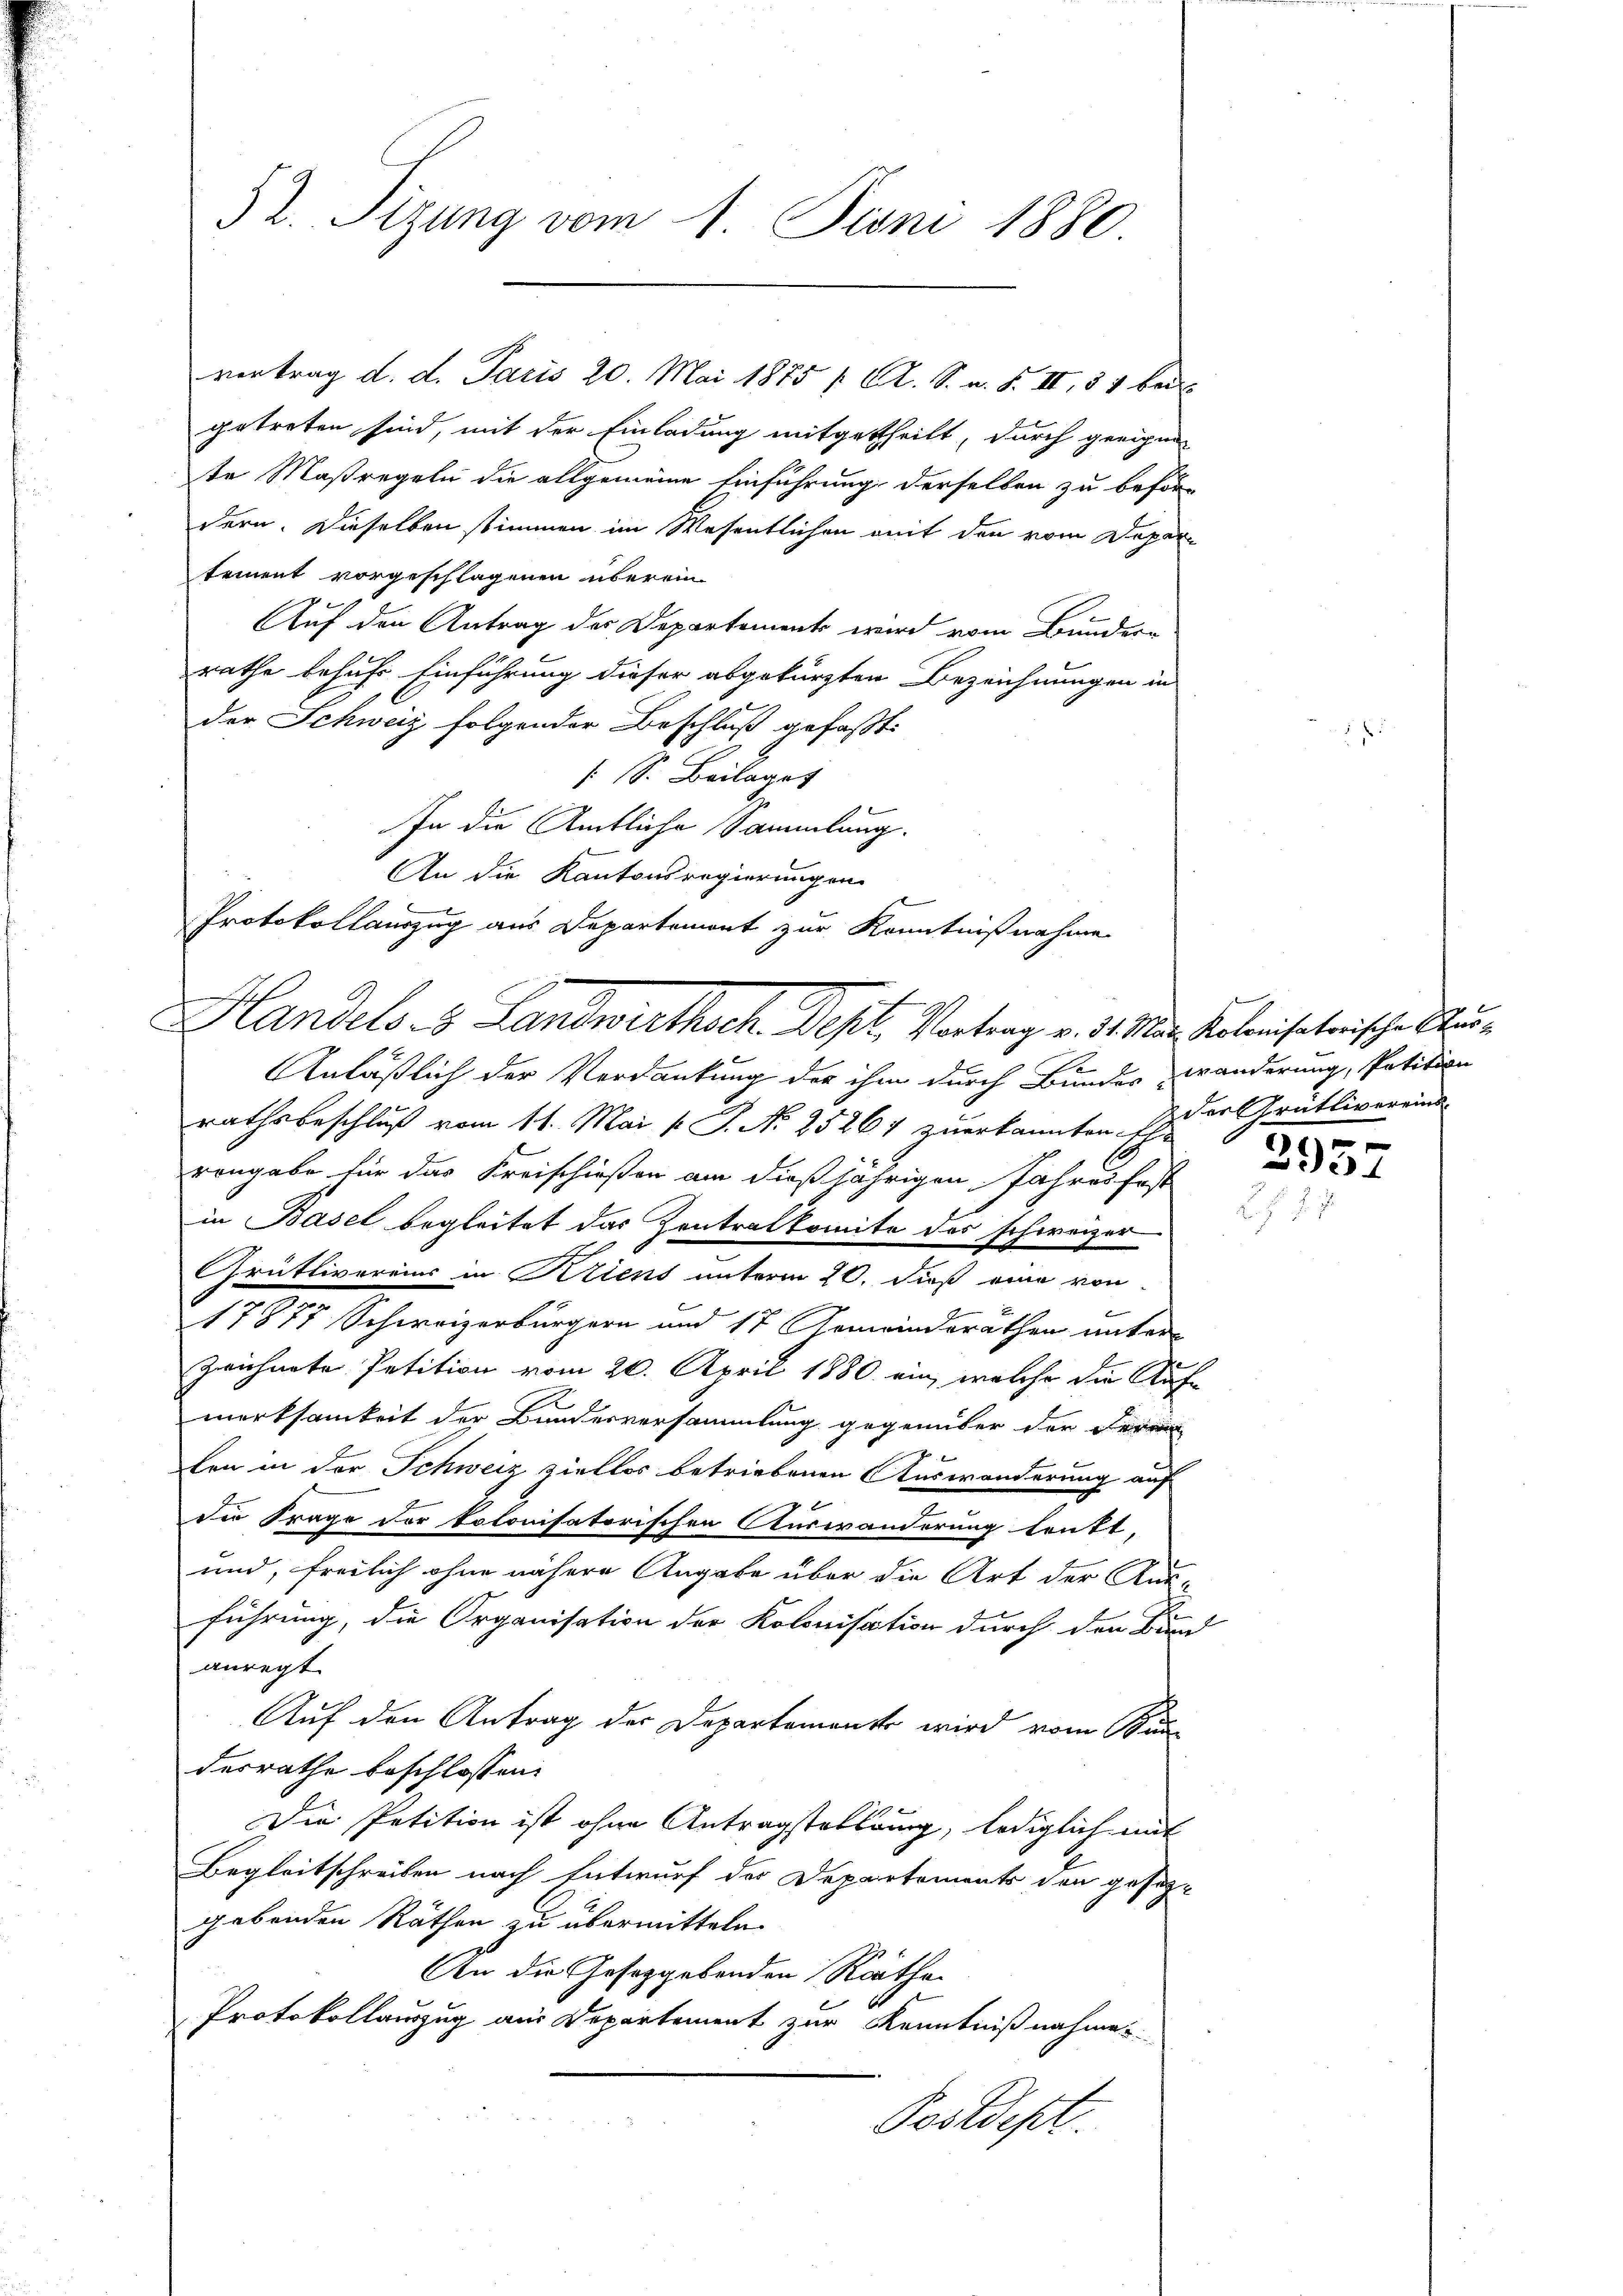
52. Sizung vom 1. Juni 1880

getreten sind, mit der Einladung mitgetheilt, durch geeigne
te Maßregeln die allgemeine Einführung derselben zu beför-
dern. Dieselben stimmen im Wesentlichen mit den vom Departement vorgeschlagenen überein-
Auf den Antrag des Departements wird vom Bunder-
rathe behufs Einführung dieser abgekürzten Bezeichnungen in
der Schweiz folgender Beschluß gefaßt:
: S. Beilaget
In die Amtliche Sammlung.
An die Kantonsregierungen
Protokollauszug aus Departement zur Kenntnißnahme

vortrag d. d. Janis 20. Mai 1875 f. A. S. m. § 4, 50 lau

Handels- & Landwirthsch. Dept. Vortrag v. 1. M. Kolonisatorische Aus¬

Anläßlich der Verdankung der ihm durch Bundes zwänderung, Petition
rathsbeschluß vom 11. Mai v. J. N. 25267 zuerkannten Eder Grütlivereind
rengabe für das Kreischießen am dießjährigen Jahres fest
in Basel begleitet das Zentralkomite des schweizer
Grütlivereins in Kriens unterm 20. dieß eine von
.
17811 Schweizerbürgern und 17 Gemeinderäthen unter-
Zeichnete Petition vom 20. April 1880 ein, welche die Aufwerksamkeit der Bundesversammlung gegenüber der Herrn
ten in der Schweiz ziellos betriebenen Auswanderung auf
die Frage der kolonisatorischen Auswanderung teutt,
und, freilich ohne nähere Angabe über die Art der Aus-
führung, die Organisation der Kolonisation durch den Bund
anregt
Auf den Antrag der Departement wird vom Bundesrathe beschlossen:
Die Petition ist ohne Antragstellung, lediglich mit
Begleitschreiben nach Entwurf der Departements den gesetz-
gebenden Räthen zu übermitteln.
An die Gesetzgebenden Rathe
Protokollauszug aus Departement zur Kenntnißnahme
Postdept.

307

24